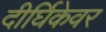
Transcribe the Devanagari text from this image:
दीर्घिकेवर